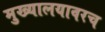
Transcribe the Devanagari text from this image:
मुख्यालयावरच